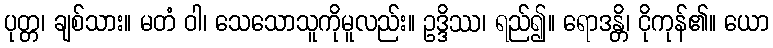
ပုတ္တ၊ ချစ်သား။ မတံ ဝါ၊ သေသောသူကိုမူလည်း။ ဥဒ္ဒိဿ၊ ရည်၍။ ရောဒန္တိ၊ ငိုကုန်၏။ ယော